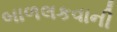
બાળલકવાની